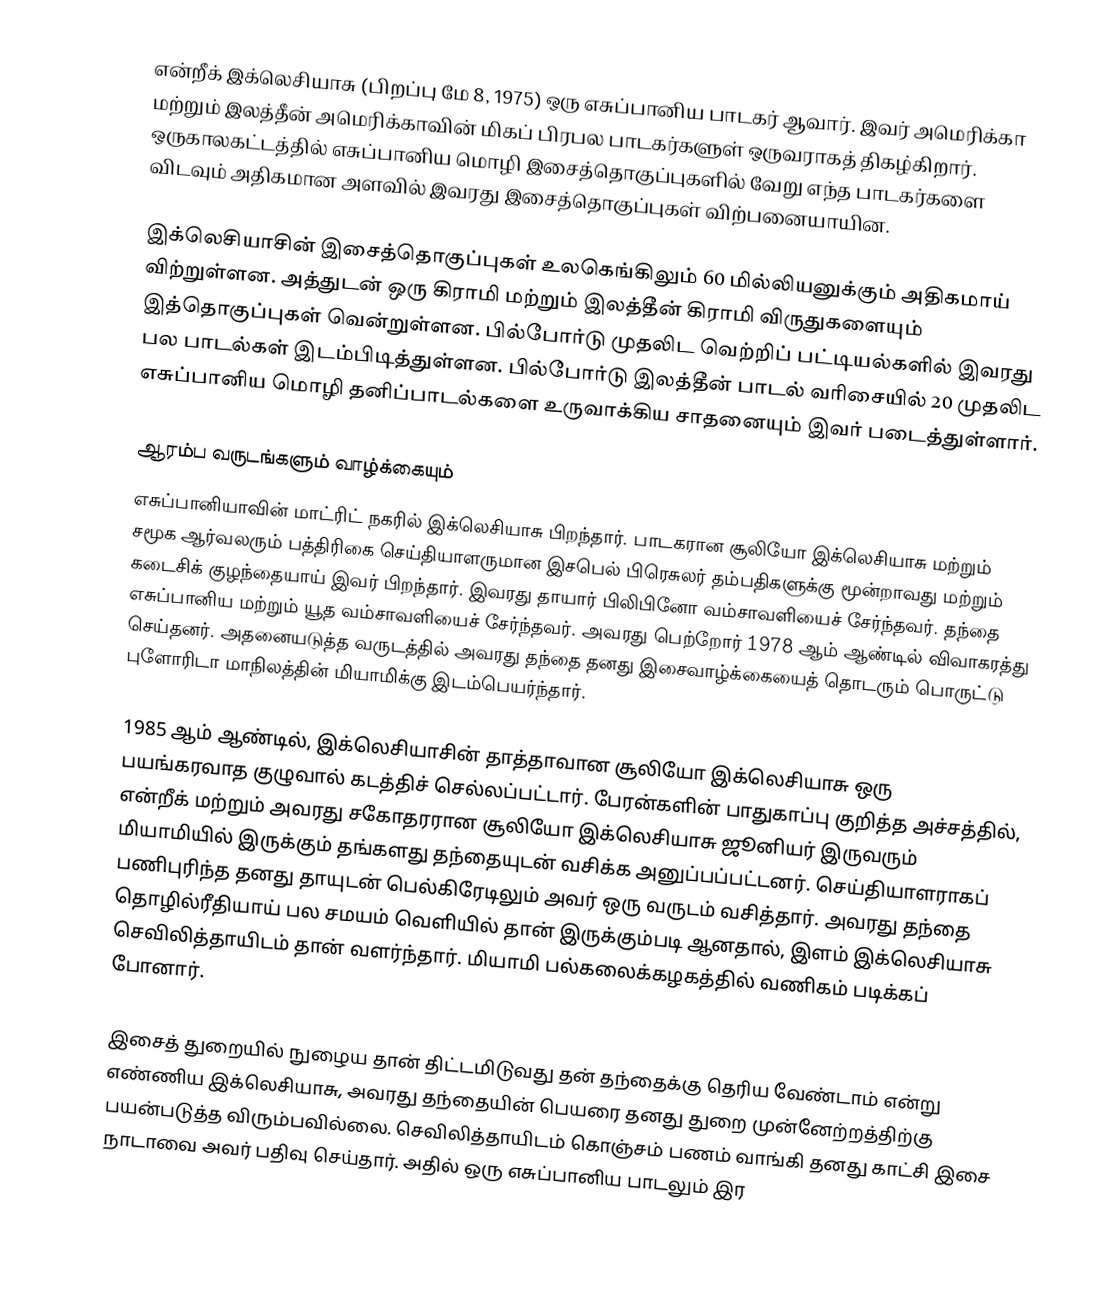
என்றீக் இக்லெசியாசு (பிறப்பு மே 8, 1975) ஒரு எசுப்பானிய பாடகர் ஆவார். இவர் அமெரிக்கா மற்றும் இலத்தீன் அமெரிக்காவின் மிகப் பிரபல பாடகர்களுள் ஒருவராகத் திகழ்கிறார். ஒருகாலகட்டத்தில் எசுப்பானிய மொழி இசைத்தொகுப்புகளில் வேறு எந்த பாடகர்களை விடவும் அதிகமான அளவில் இவரது இசைத்தொகுப்புகள் விற்பனையாயின.

இக்லெசியாசின் இசைத்தொகுப்புகள் உலகெங்கிலும் 60 மில்லியனுக்கும் அதிகமாய் விற்றுள்ளன. அத்துடன் ஒரு கிராமி மற்றும் இலத்தீன் கிராமி விருதுகளையும் இத்தொகுப்புகள் வென்றுள்ளன. பில்போர்டு முதலிட வெற்றிப் பட்டியல்களில் இவரது பல பாடல்கள் இடம்பிடித்துள்ளன. பில்போர்டு இலத்தீன் பாடல் வரிசையில் 20 முதலிட எசுப்பானிய மொழி தனிப்பாடல்களை உருவாக்கிய சாதனையும் இவர் படைத்துள்ளார்.

ஆரம்ப வருடங்களும் வாழ்க்கையும்
எசுப்பானியாவின் மாட்ரிட் நகரில் இக்லெசியாசு பிறந்தார். பாடகரான சூலியோ இக்லெசியாசு மற்றும் சமூக ஆர்வலரும் பத்திரிகை செய்தியாளருமான இசபெல் பிரெசுலர் தம்பதிகளுக்கு மூன்றாவது மற்றும் கடைசிக் குழந்தையாய் இவர் பிறந்தார்.  இவரது தாயார் பிலிபினோ வம்சாவளியைச் சேர்ந்தவர். தந்தை எசுப்பானிய மற்றும் யூத வம்சாவளியைச் சேர்ந்தவர்.  அவரது பெற்றோர் 1978 ஆம் ஆண்டில் விவாகரத்து செய்தனர். அதனையடுத்த வருடத்தில் அவரது தந்தை தனது இசைவாழ்க்கையைத் தொடரும் பொருட்டு புளோரிடா மாநிலத்தின் மியாமிக்கு இடம்பெயர்ந்தார்.

1985 ஆம் ஆண்டில், இக்லெசியாசின் தாத்தாவான சூலியோ இக்லெசியாசு ஒரு பயங்கரவாத குழுவால் கடத்திச் செல்லப்பட்டார். பேரன்களின் பாதுகாப்பு குறித்த அச்சத்தில், என்றீக் மற்றும் அவரது சகோதரரான சூலியோ இக்லெசியாசு ஜூனியர் இருவரும் மியாமியில் இருக்கும் தங்களது தந்தையுடன் வசிக்க அனுப்பப்பட்டனர். செய்தியாளராகப் பணிபுரிந்த தனது தாயுடன் பெல்கிரேடிலும் அவர் ஒரு வருடம் வசித்தார். அவரது தந்தை தொழில்ரீதியாய் பல சமயம் வெளியில் தான் இருக்கும்படி ஆனதால், இளம் இக்லெசியாசு செவிலித்தாயிடம் தான் வளர்ந்தார். மியாமி பல்கலைக்கழகத்தில் வணிகம் படிக்கப் போனார்.

இசைத் துறையில் நுழைய தான் திட்டமிடுவது தன் தந்தைக்கு தெரிய வேண்டாம் என்று எண்ணிய இக்லெசியாசு, அவரது தந்தையின் பெயரை தனது துறை முன்னேற்றத்திற்கு பயன்படுத்த விரும்பவில்லை. செவிலித்தாயிடம் கொஞ்சம் பணம் வாங்கி தனது காட்சி இசை நாடாவை அவர் பதிவு செய்தார். அதில் ஒரு எசுப்பானிய பாடலும் இர